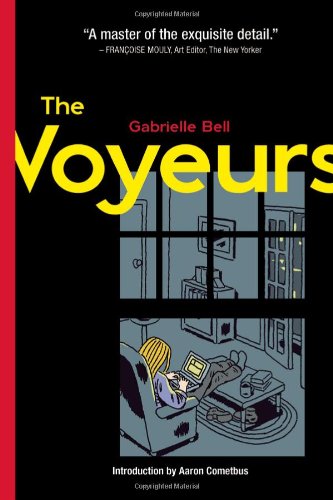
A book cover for The Voyeurs; Gabrielle Bell; Comics & Graphic Novels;